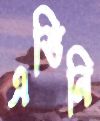
এভিনি